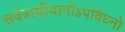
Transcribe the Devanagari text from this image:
सर्वत्राधीयानोऽपविघ्नो